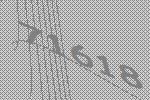
71618